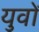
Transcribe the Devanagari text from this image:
युवों